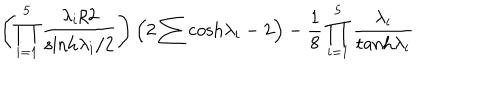
\left( \prod _ { i = 1 } ^ { 5 } { \frac { \lambda _ { i } / 2 } { \mathrm { s i n h } \lambda _ { i } / 2 } } \right) \left( 2 \sum \mathrm { c o s h } \lambda _ { i } - 2 \right) - { \frac { 1 } { 8 } } \prod _ { i = 1 } ^ { 5 } { \frac { \lambda _ { i } } { \mathrm { t a n h } \lambda _ { i } } }